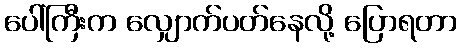
ပေါ်ကြီးက လျှောက်ပတ်နေလို့ ပြောရတာ